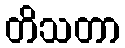
တိသတာ